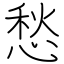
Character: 愁